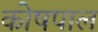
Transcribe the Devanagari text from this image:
कोषपाल